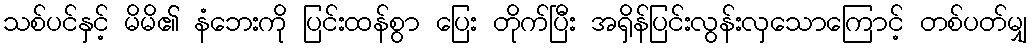
သစ်ပင်နှင့် မိမိ၏ နံဘေးကို ပြင်းထန်စွာ ပြေး တိုက်ပြီး အရှိန်ပြင်းလွန်းလှသောကြောင့် တစ်ပတ်မျှ